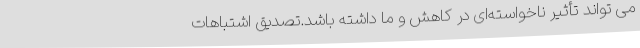
می تواند تأثیر ناخواسته‌ای در کاهش و ما داشته باشد.تصدیق اشتباهات